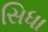
સિધા